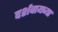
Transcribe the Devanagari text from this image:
दर्शवायच्या